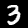
Label: 3